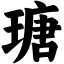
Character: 瑭